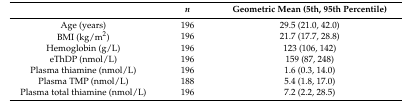
|  | n | Geometric Mean (5th, 95th Percentile) |
 | --- | --- | --- |
 | Age (years) | 196 | 29.5 (21.0, 42.0) |
 | BMI (kg/m2) | 196 | 21.7 (17.7, 28.8) |
 | Hemoglobin (g/L) | 196 | 123 (106, 142) |
 | eThDP (nmol/L) | 196 | 159 (87, 248) |
 | Plasma thiamine (nmol/L) | 196 | 1.6 (0.3, 14.0) |
 | Plasma TMP (nmol/L) | 188 | 5.4 (1.8, 17.0) |
 | Plasma total thiamine (nmol/L) | 196 | 7.2 (2.2, 28.5) |